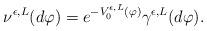
LaTeX: \begin{align*}\nu^{\epsilon,L}(d\varphi)= e^{-V_0^{\epsilon,L}(\varphi)}\gamma^{\epsilon,L}(d\varphi).\end{align*}